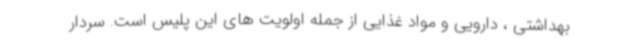
بهداشتی ، دارویی و مواد غذایی از جمله اولویت های این پلیس است. سردار